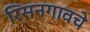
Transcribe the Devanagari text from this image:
रिसनगावचे